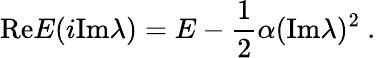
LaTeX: \mathrm{Re}E(i\mathrm{Im}\lambda)=E-{\frac{1}{2}}\alpha(\mathrm{Im}\lambda)^{2}\ .